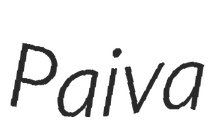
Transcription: Paiva